Annual report of the Punjab Veterinary College and of the Civil Veterinary Department, Punjab - 1894-1908
Year: 1894
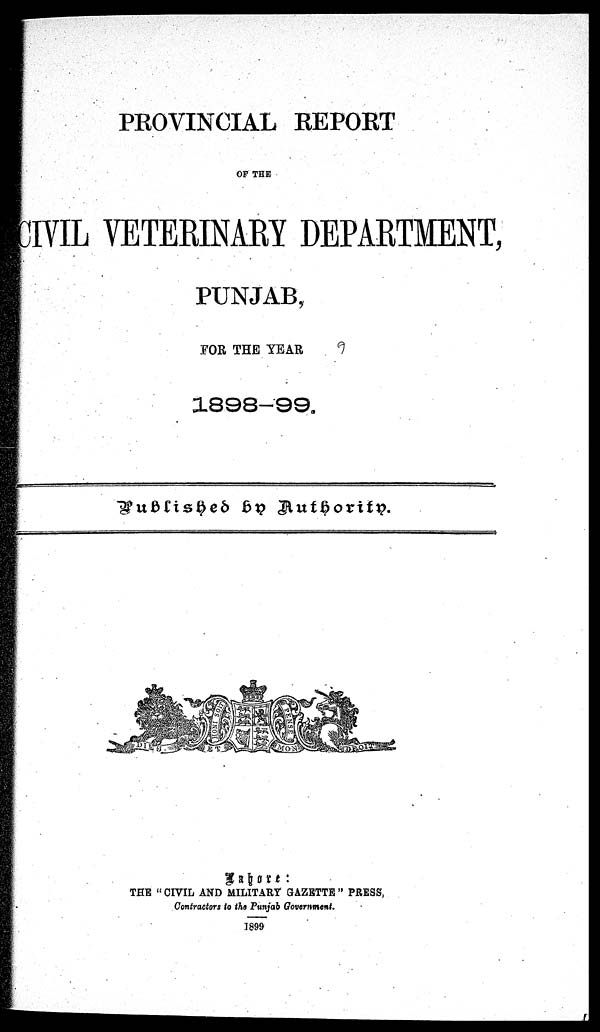
PROVINCIAL REPORT
OF THE
CIVIL VETERINARY DEPARTMENT,
PUNJAB,
FOR THE YEAR
1898—99.
Published by Authority
Lahore :
THE "CIVIL AND MILITARY GAZETTE " PRESS,
Contractors to the Punjab Government.
1899